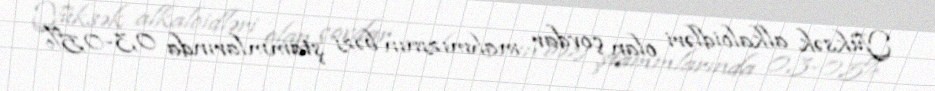
Yüksək alkaloidləri olan çovdar mahmızının bəzi ştammlarında 0,3-0,5%